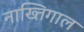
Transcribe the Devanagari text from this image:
नाख्तिगाल